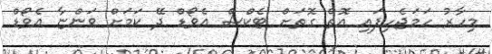
މިހާރު ހަމަޖެހިފައި އޮތް ގޮތަށް ޓެކްސް އެވޯޑް ދޭ ކަމަށް ވަންޏާ އެވޯޑް